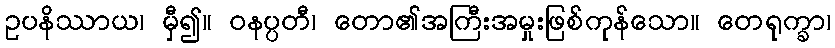
ဥပနိဿာယ၊ မှီ၍။ ဝနပ္ပတီ၊ တော၏အကြီးအမှုးဖြစ်ကုန်သော။ တေရုက္ခာ၊